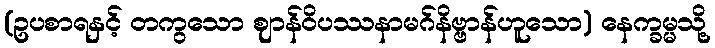
(ဥပစာရနှင့် တကွသော ဈာန်ဝိပဿနာမဂ်နိဗ္ဗာန်ဟူသော) နေက္ခမ္မသို့